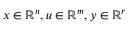
x \in \mathbb { R } ^ { n } , u \in \mathbb { R } ^ { m } , y \in \mathbb { R } ^ { r }